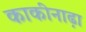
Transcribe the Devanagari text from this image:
काकीनाढ़ा